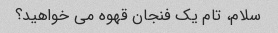
سلام، تام یک فنجان قهوه می خواهید؟